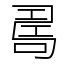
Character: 𠷎